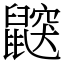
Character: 鼵